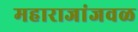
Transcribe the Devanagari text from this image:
महाराजांजवळ